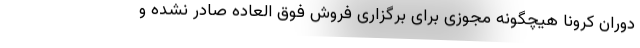
دوران کرونا هیچگونه مجوزی برای برگزاری فروش فوق العاده صادر نشده و